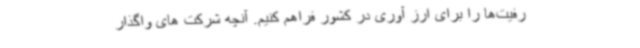
رفیت‌ها را برای ارز آوری در کشور فراهم کنیم. آنچه شرکت های واگذار